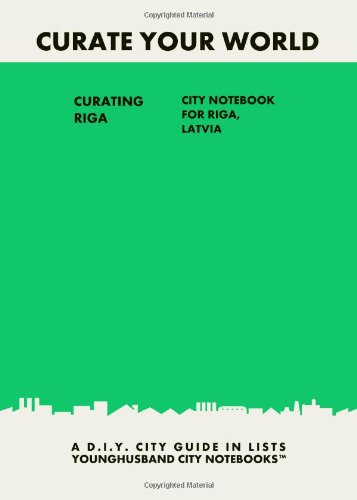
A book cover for Curating Riga: City Notebook For Riga, Latvia: A D.I.Y. City Guide In Lists (Curate Your World); Younghusband City Notebooks; Travel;